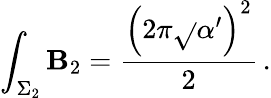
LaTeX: \int_{\Sigma_{2}}\mathbf{B}_{2}=\frac{{\left(2\pi\sqrt{}{{\alpha^{\prime}}}\right)^{2}}}{{2}}\, .